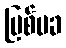
မြစ်မခ